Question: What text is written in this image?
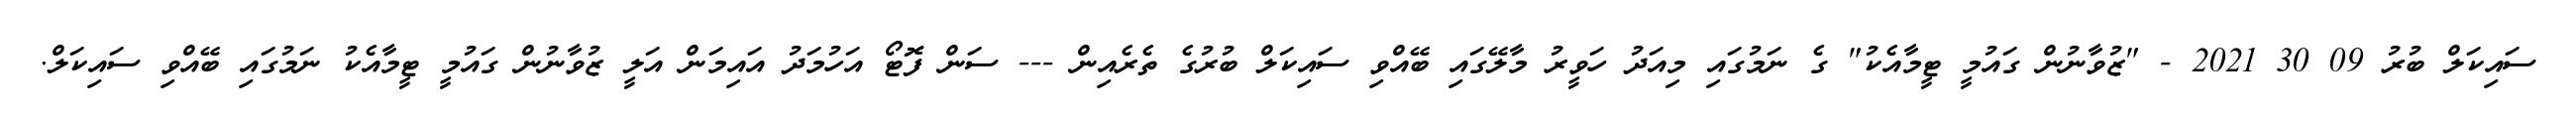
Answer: ސައިކަލް ބުރު 09 30 2021 - "ޒުވާނުން ގައުމީ ޓީމާއެކު" ގެ ނަމުގައި މިއަދު ހަވީރު މާލޭގައި ބޭއްވި ސައިކަލް ބުރުގެ ތެރެއިން --- ސަން ފޮޓޯ އަހުމަދު އައިމަން އަލީ ޒުވާނުން ގައުމީ ޓީމާއެކު ނަމުގައި ބޭއްވި ސައިކަލް.